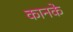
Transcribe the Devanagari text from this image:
कानके